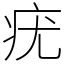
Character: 疣